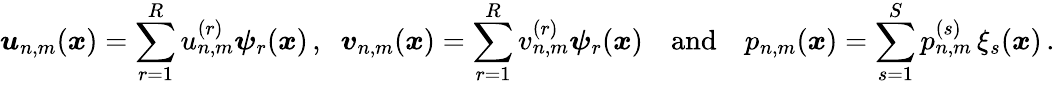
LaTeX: \boldsymbol u_{n,m}(\boldsymbol x)=\sum_{r=1}^{R}u_{n,m}^{(r)}\boldsymbol\psi_{r}(\boldsymbol x)\, ,\; \; \boldsymbol v_{n,m}(\boldsymbol x)=\sum_{r=1}^{R}v_{n,m}^{(r)}\boldsymbol\psi_{r}(\boldsymbol x)\quad\mathrm{and}\quad p_{n,m}(\boldsymbol x)=\sum_{s=1}^{S}p_{n,m}^{(s)}\, \xi_{s}(\boldsymbol x)\, .